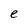
Character: e